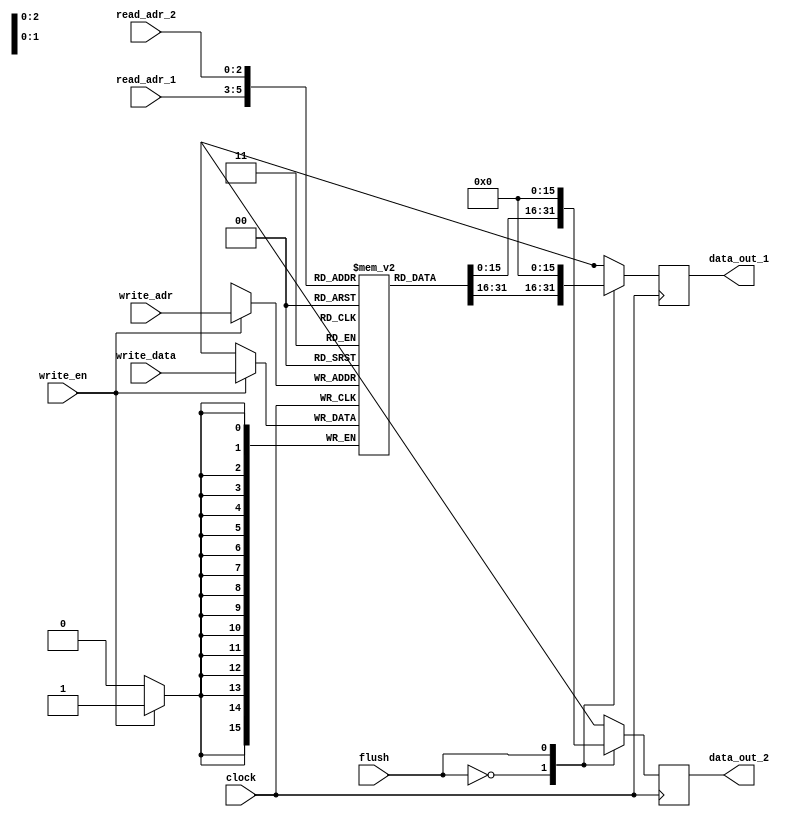
`timescale 1ns / 1ps
//////////////////////////////////////////////////////////////////////////////////
// Company: 
// Engineer: 
// 
// Design Name: 
// Module Name:    register_file 
// Project Name: 
// Target Devices: 
// Tool versions: 
// Description: 
//
// Dependencies: 
//
// Revision: 
// Revision 0.01 - File Created
// Additional Comments: 
//
//////////////////////////////////////////////////////////////////////////////////
module register_file(
	input clock,
	
	input flush,
	
	input [2:0] read_adr_1,
	input [2:0] read_adr_2,
	
	input [15:0] write_data,
	input [2:0] write_adr,
	input write_en,
	
	output reg [15:0] data_out_1,
	output reg [15:0] data_out_2
	);


	reg [15:0] file [7:0];
	
	integer i;
	initial begin
		for (i = 0; i < 8 ; i = i + 1) begin 
			file[i] = 16'h00; 
		end 
	
		data_out_1 = 0;
		data_out_2 = 0;
	end
	
	
	always @(negedge clock) begin
		if (write_en == 1) begin
			file[write_adr] = write_data;
		end
	end

	always @(posedge clock) begin
		case (flush)
			0: begin
				data_out_1 = file[read_adr_1];
				data_out_2 = file[read_adr_2];
			end
			1: begin
				data_out_1 = 0;
				data_out_2 = 0;
			end
		endcase
	end
endmodule